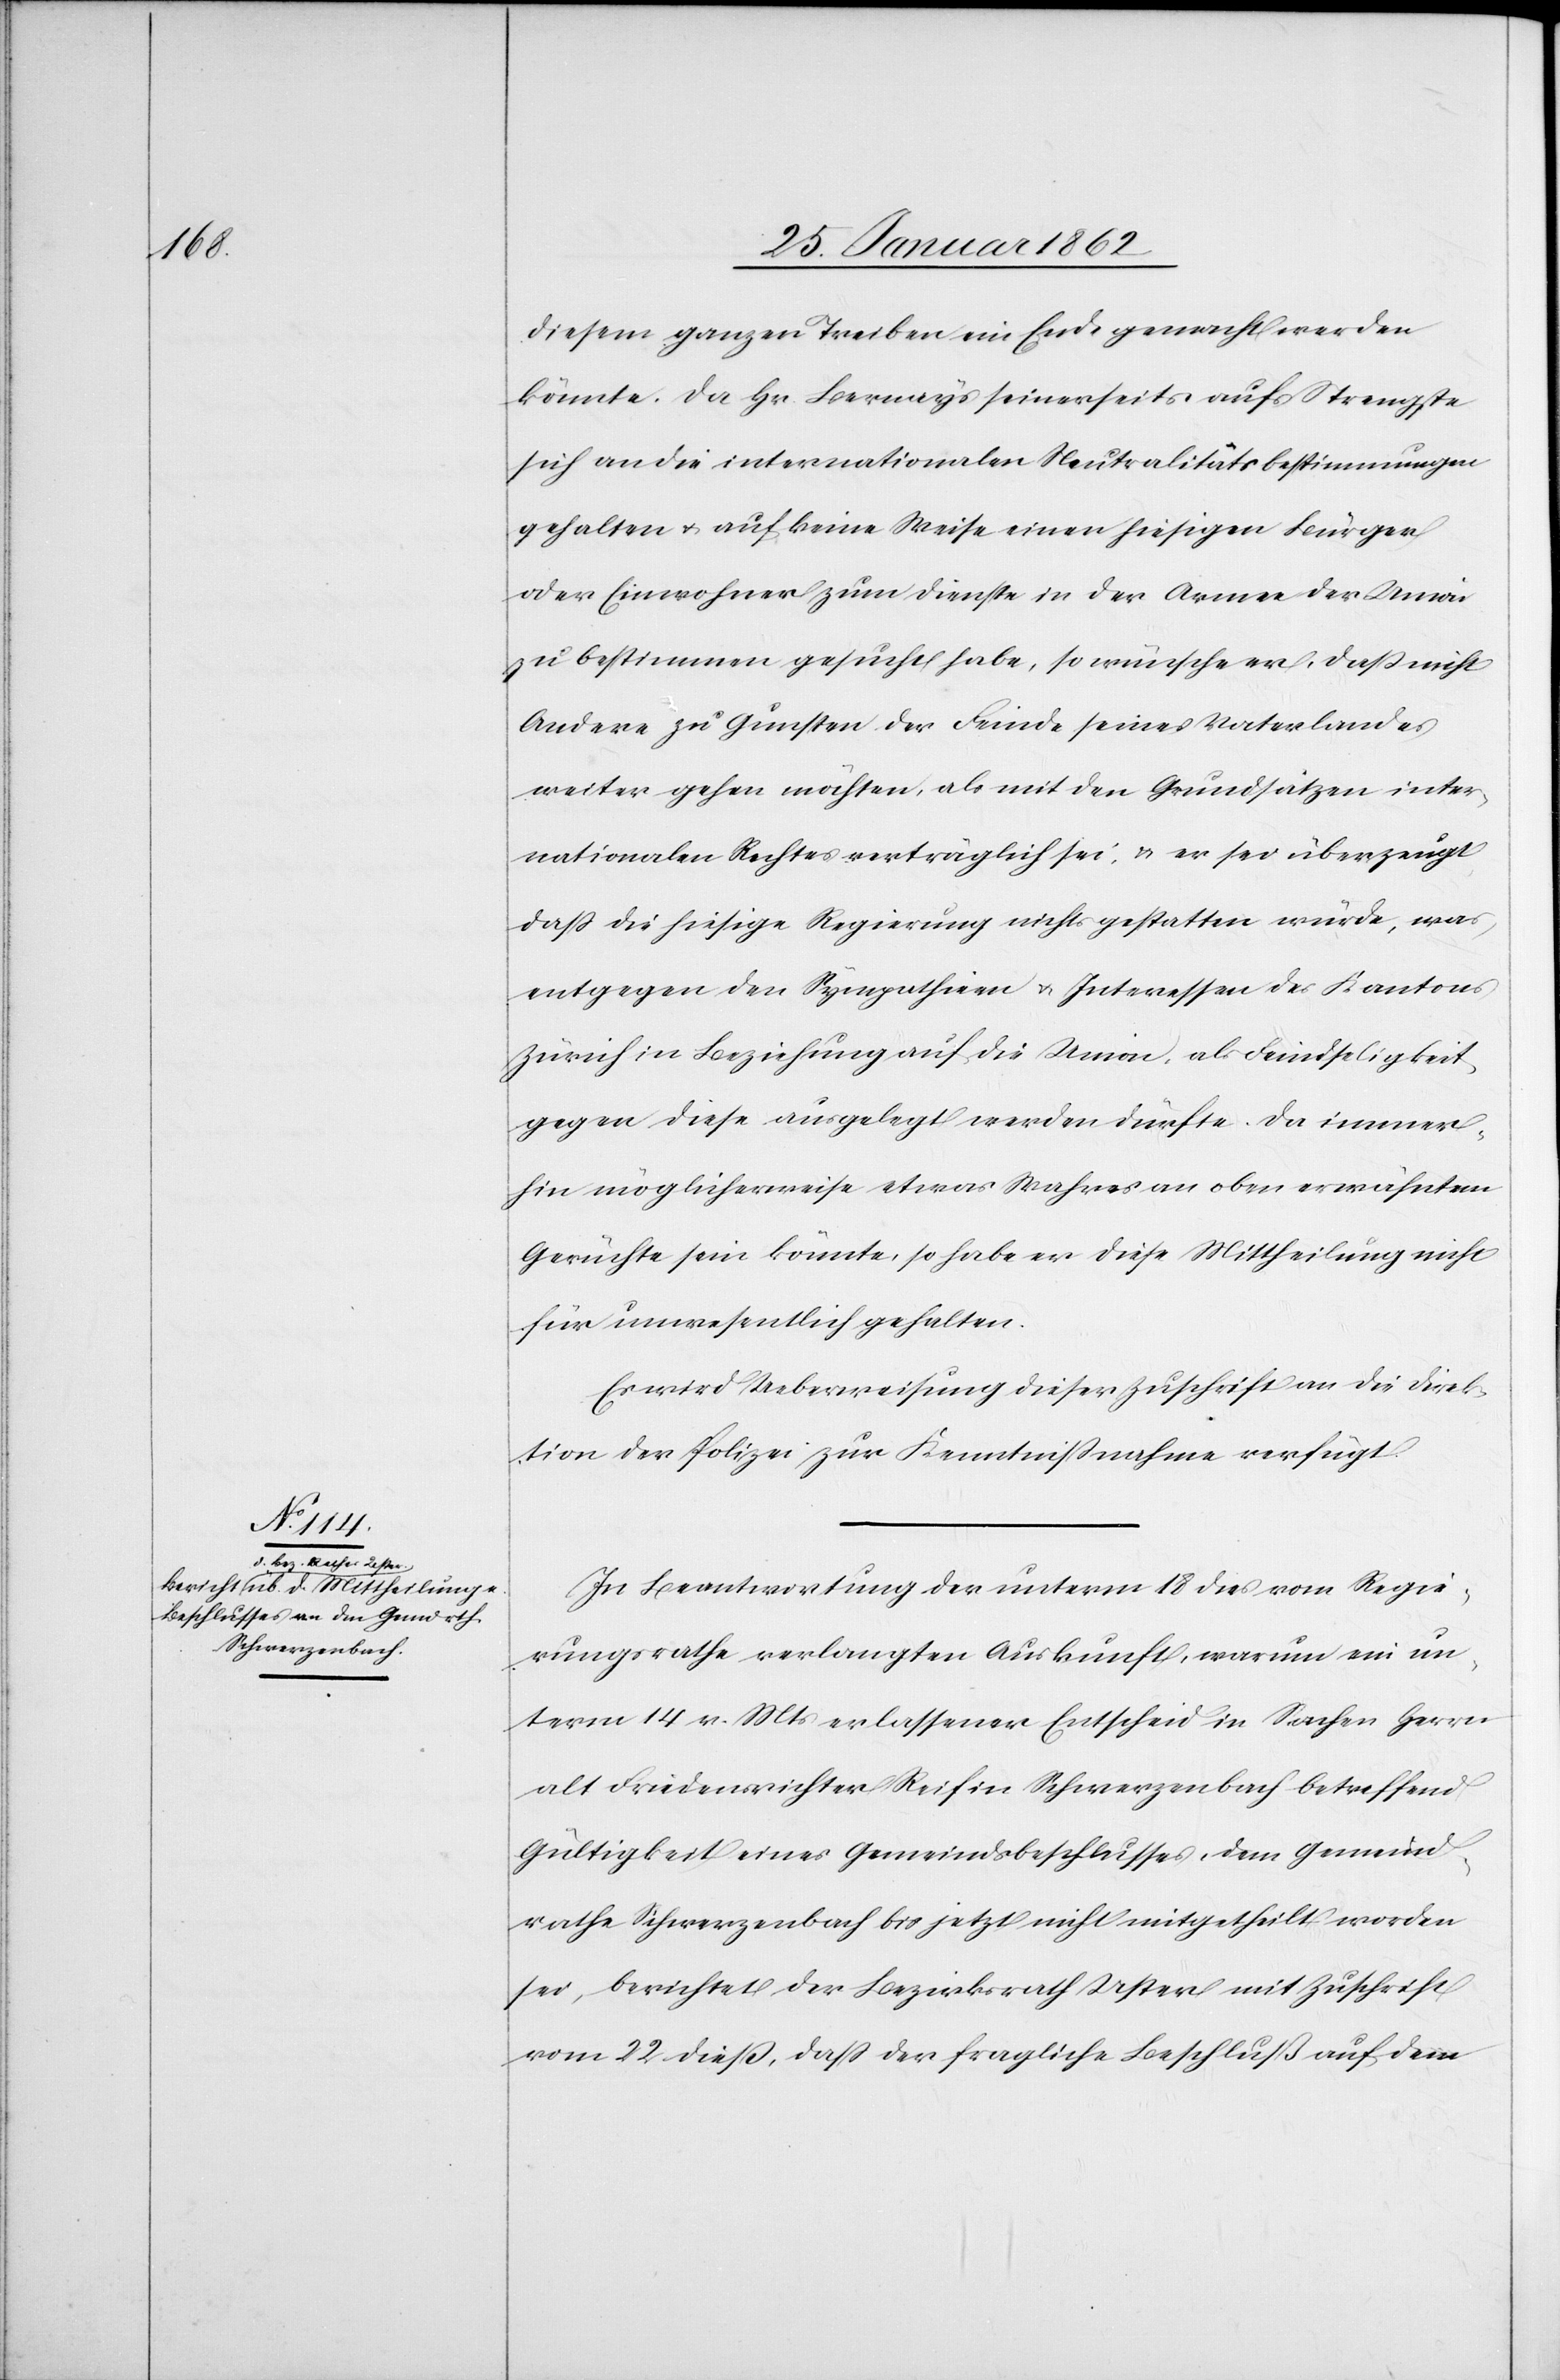
diesem ganzen Treiben ein Ende gemacht werden
könnte. Da Hr. Bernays seinerseits aufs Strengste
sich an die internationalen Neutralitätsbestimmungen
gehalten u. auf keine Weise einen hiesigen Bürger
oder Einwohner zum Dienste in der Armee der Union
zu bestimmen gesucht habe, so wünsche er, daß nicht
Andere zu Gunsten der Feinde seines Vaterlandes
weiter gehen möchten, als mit den Grundsätzen inter¬
nationalen Rechtes verträglich sei, u. er sei überzeugt,
daß die hiesige Regierung nichts gestatten würde, was
entgegen den Sympathien u. Interessen des Kantons
Zürich in Beziehung auf die Union, als Feindseligkeit
gegen diese ausgelegt werden dürfte. Da immer¬
hin möglicherweise etwas Wahres an oben erwähntem
Gerüchte sein könnte, so habe er diese Mittheilung nicht
für unwesentlich gehalten.
Es wird Ueberweisung dieser Zuschrift an die Direk¬
tion der Polizei zur Kenntnißnahme verfügt.
In Beantwortung der unterm 18 dies vom Regie¬
rungsrathe verlangten Auskunft, warum ein un¬
term 14 v. Mts erlassener Entscheid in Sachen Herrn
alt Friedensrichter Reif in Schwerzenbach betreffend
Gültigkeit eines Gemeindsbeschlusses, dem Gemeind¬
rathe Schwerzenbach bis jetzt nicht mitgetheilt worden
sei, berichtet der Bezirksrath Uster mit Zuschrift
vom 22 dieß, daß der fragliche Beschluß auf dem